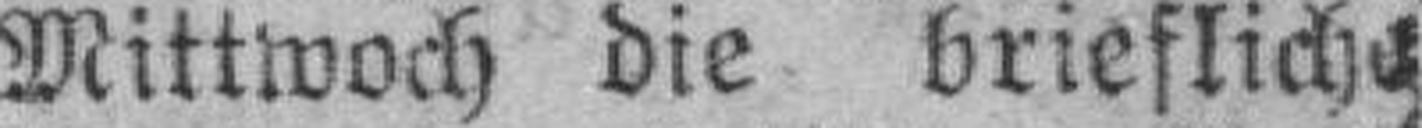
Mittwoch die briefliche